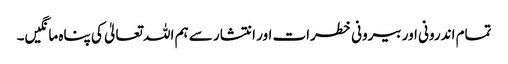
تمام اندرونی اور بیرونی خطرات اور انتشار سے ہم اللہ تعالیٰ کی پناہ مانگیں۔